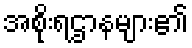
အစိုးရဌာနများ၏